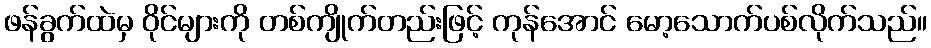
ဖန်ခွက်ထဲမှ ဝိုင်များကို တစ်ကျိုက်တည်းဖြင့် ကုန်အောင် မော့သောက်ပစ်လိုက်သည်။